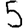
Digit: 5